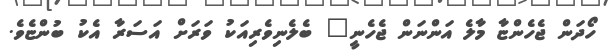
ހޯދަން ޖެހެންޏާ މާލެ އަންނަން ޖެހެނީ" ބެލެނިވެރިއަކު ވަރަށް އަސަރާ އެކު ބުންޏެވެ.